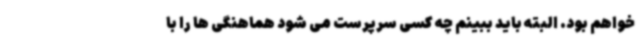
خواهم بود. البته باید ببینم چه کسی سرپرست می شود هماهنگی ها را با